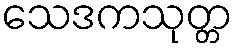
သေဒကသုတ္တ